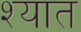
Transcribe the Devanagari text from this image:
श्यात